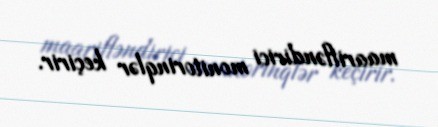
maarifləndirici monitorinqlər keçirir.